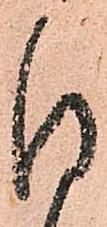
日